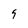
Character: 9